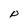
Character: P